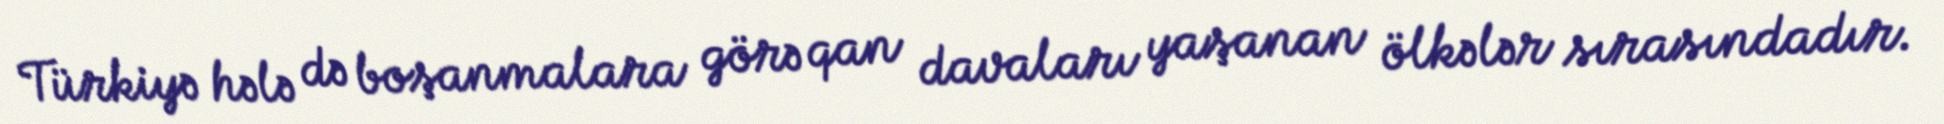
Türkiyə hələ də boşanmalara görə qan davaları yaşanan ölkələr sırasındadır.